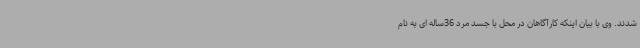
شدند. وی با بیان اینکه کارآگاهان در محل با جسد مرد 36ساله ای به نام